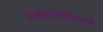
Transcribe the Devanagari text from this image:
हर्झगोव्हिनाने